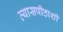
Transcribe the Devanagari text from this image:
व्यासपीठाशी